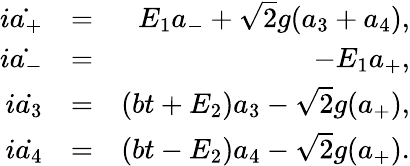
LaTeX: \begin{array}{rlr}{i\dot{a_{+}}}&{=}&{E_{1}a_{-}+\sqrt{2}g(a_{3}+a_{4}),}\\ {i\dot{a_{-}}}&{=}&{-E_{1}a_{+},}\\ {i\dot{a_{3}}}&{=}&{(bt+E_{2})a_{3}-\sqrt{2}g(a_{+}),}\\ {i\dot{a_{4}}}&{=}&{(bt-E_{2})a_{4}-\sqrt{2}g(a_{+}).}\end{array}